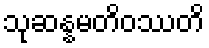
သုဆန္နမတိဝဿတိ